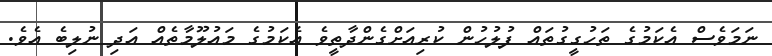
ނަމަވެސް އެކަމުގެ ތަހުގީގުތައް ފުލުހުން ކުރިއަށްގެންދާތީވެ އެކަމުގެ މައުލޫމާތެއް އަދި ނުލިބެ އެވެ.